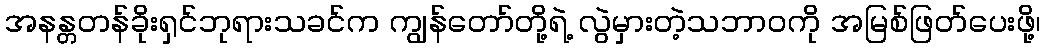
အနန္တတန်ခိုးရှင်ဘုရားသခင်က ကျွန်တော်တို့ရဲ့ လွဲမှားတဲ့သဘာဝကို အမြစ်ဖြတ်ပေးဖို့၊